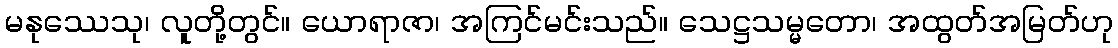
မနုဿေသု၊ လူတို့တွင်။ ယောရာဇာ၊ အကြင်မင်းသည်။ သေဋ္ဌသမ္မတော၊ အထွတ်အမြတ်ဟု